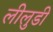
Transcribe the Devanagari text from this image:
लीलुडी